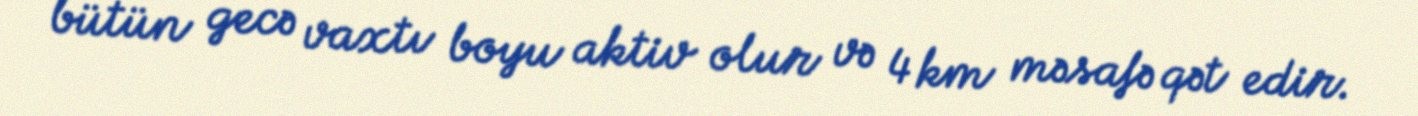
bütün gecə vaxtı boyu aktiv olur və 4 km məsafə qət edir.